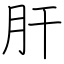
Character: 肝